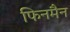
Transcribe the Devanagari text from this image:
फिनमैन